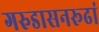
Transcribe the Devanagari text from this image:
गरुडासनरूढां